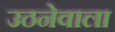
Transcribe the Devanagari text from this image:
उठनेवाला